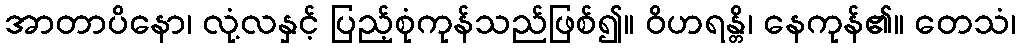
အာတာပိနော၊ လုံ့လနှင့် ပြည့်စုံကုန်သည်ဖြစ်၍။ ဝိဟရန္တိ၊ နေကုန်၏။ တေသံ၊